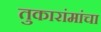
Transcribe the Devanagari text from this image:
तुकारांमांचा